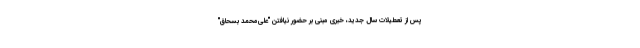
پس از تعطیلات سال جدید، خبری مبنی بر حضور نیافتن "علی‌محمد بسحاق"